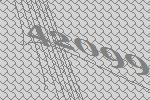
42099